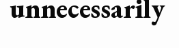
unnecessarily